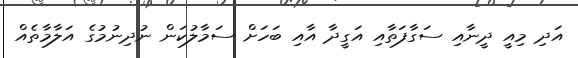
އަދި މިއީ ދީނާއި ސަގާފަތާއި އަގީދާ އާއި ބަހަށް ސަމާލުކަން ނުދިނުމުގެ އަލާމާތެއް